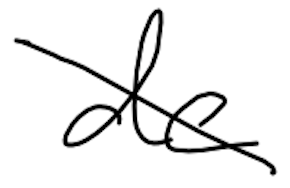
Text: de
Cross-out: diagonal
Writing tool: digital_black